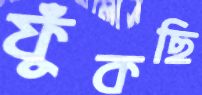
ফুঁকছি